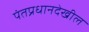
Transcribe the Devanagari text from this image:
पंतप्रधानदेखील